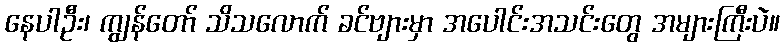
နေပါဦး၊ ကျွန်တော် သိသလောက် ခင်ဗျားမှာ အပေါင်းအသင်းတွေ အများကြီးပဲ။